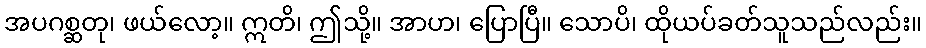
အပဂစ္ဆတု၊ ဖယ်လော့။ ဣတိ၊ ဤသို့။ အာဟ၊ ပြောပြီ။ သောပိ၊ ထိုယပ်ခတ်သူသည်လည်း။